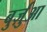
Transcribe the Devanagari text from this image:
बुर्ज़ुआ